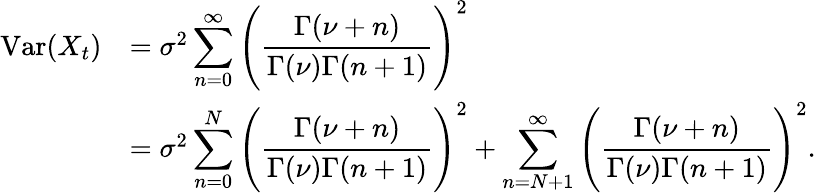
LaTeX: \begin{array}{rl}{\mathrm{Var}(X_{t})}&{=\sigma^{2}\displaystyle\sum_{n=0}^{\infty}\Bigg(\frac{\Gamma(\nu+n)}{\Gamma(\nu)\Gamma(n+1)}\Bigg)^{2}}\\ &{=\sigma^{2}\displaystyle\sum_{n=0}^{N}\Bigg(\frac{\Gamma(\nu+n)}{\Gamma(\nu)\Gamma(n+1)}\Bigg)^{2}+\displaystyle\sum_{n=N+1}^{\infty}\Bigg(\frac{\Gamma(\nu+n)}{\Gamma(\nu)\Gamma(n+1)}\Bigg)^{2}.}\end{array}